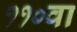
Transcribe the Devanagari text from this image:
११०वा